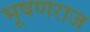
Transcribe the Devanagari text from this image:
भूषणराज